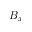
B _ { x }